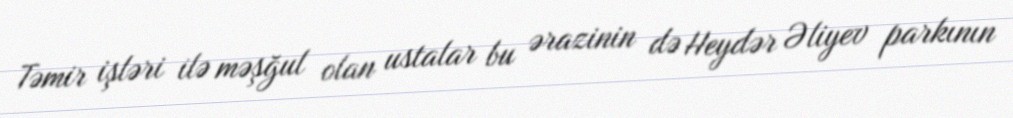
Təmir işləri ilə məşğul olan ustalar bu ərazinin də Heydər Əliyev parkının